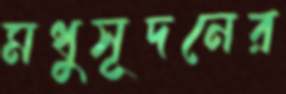
মধুসূদনের